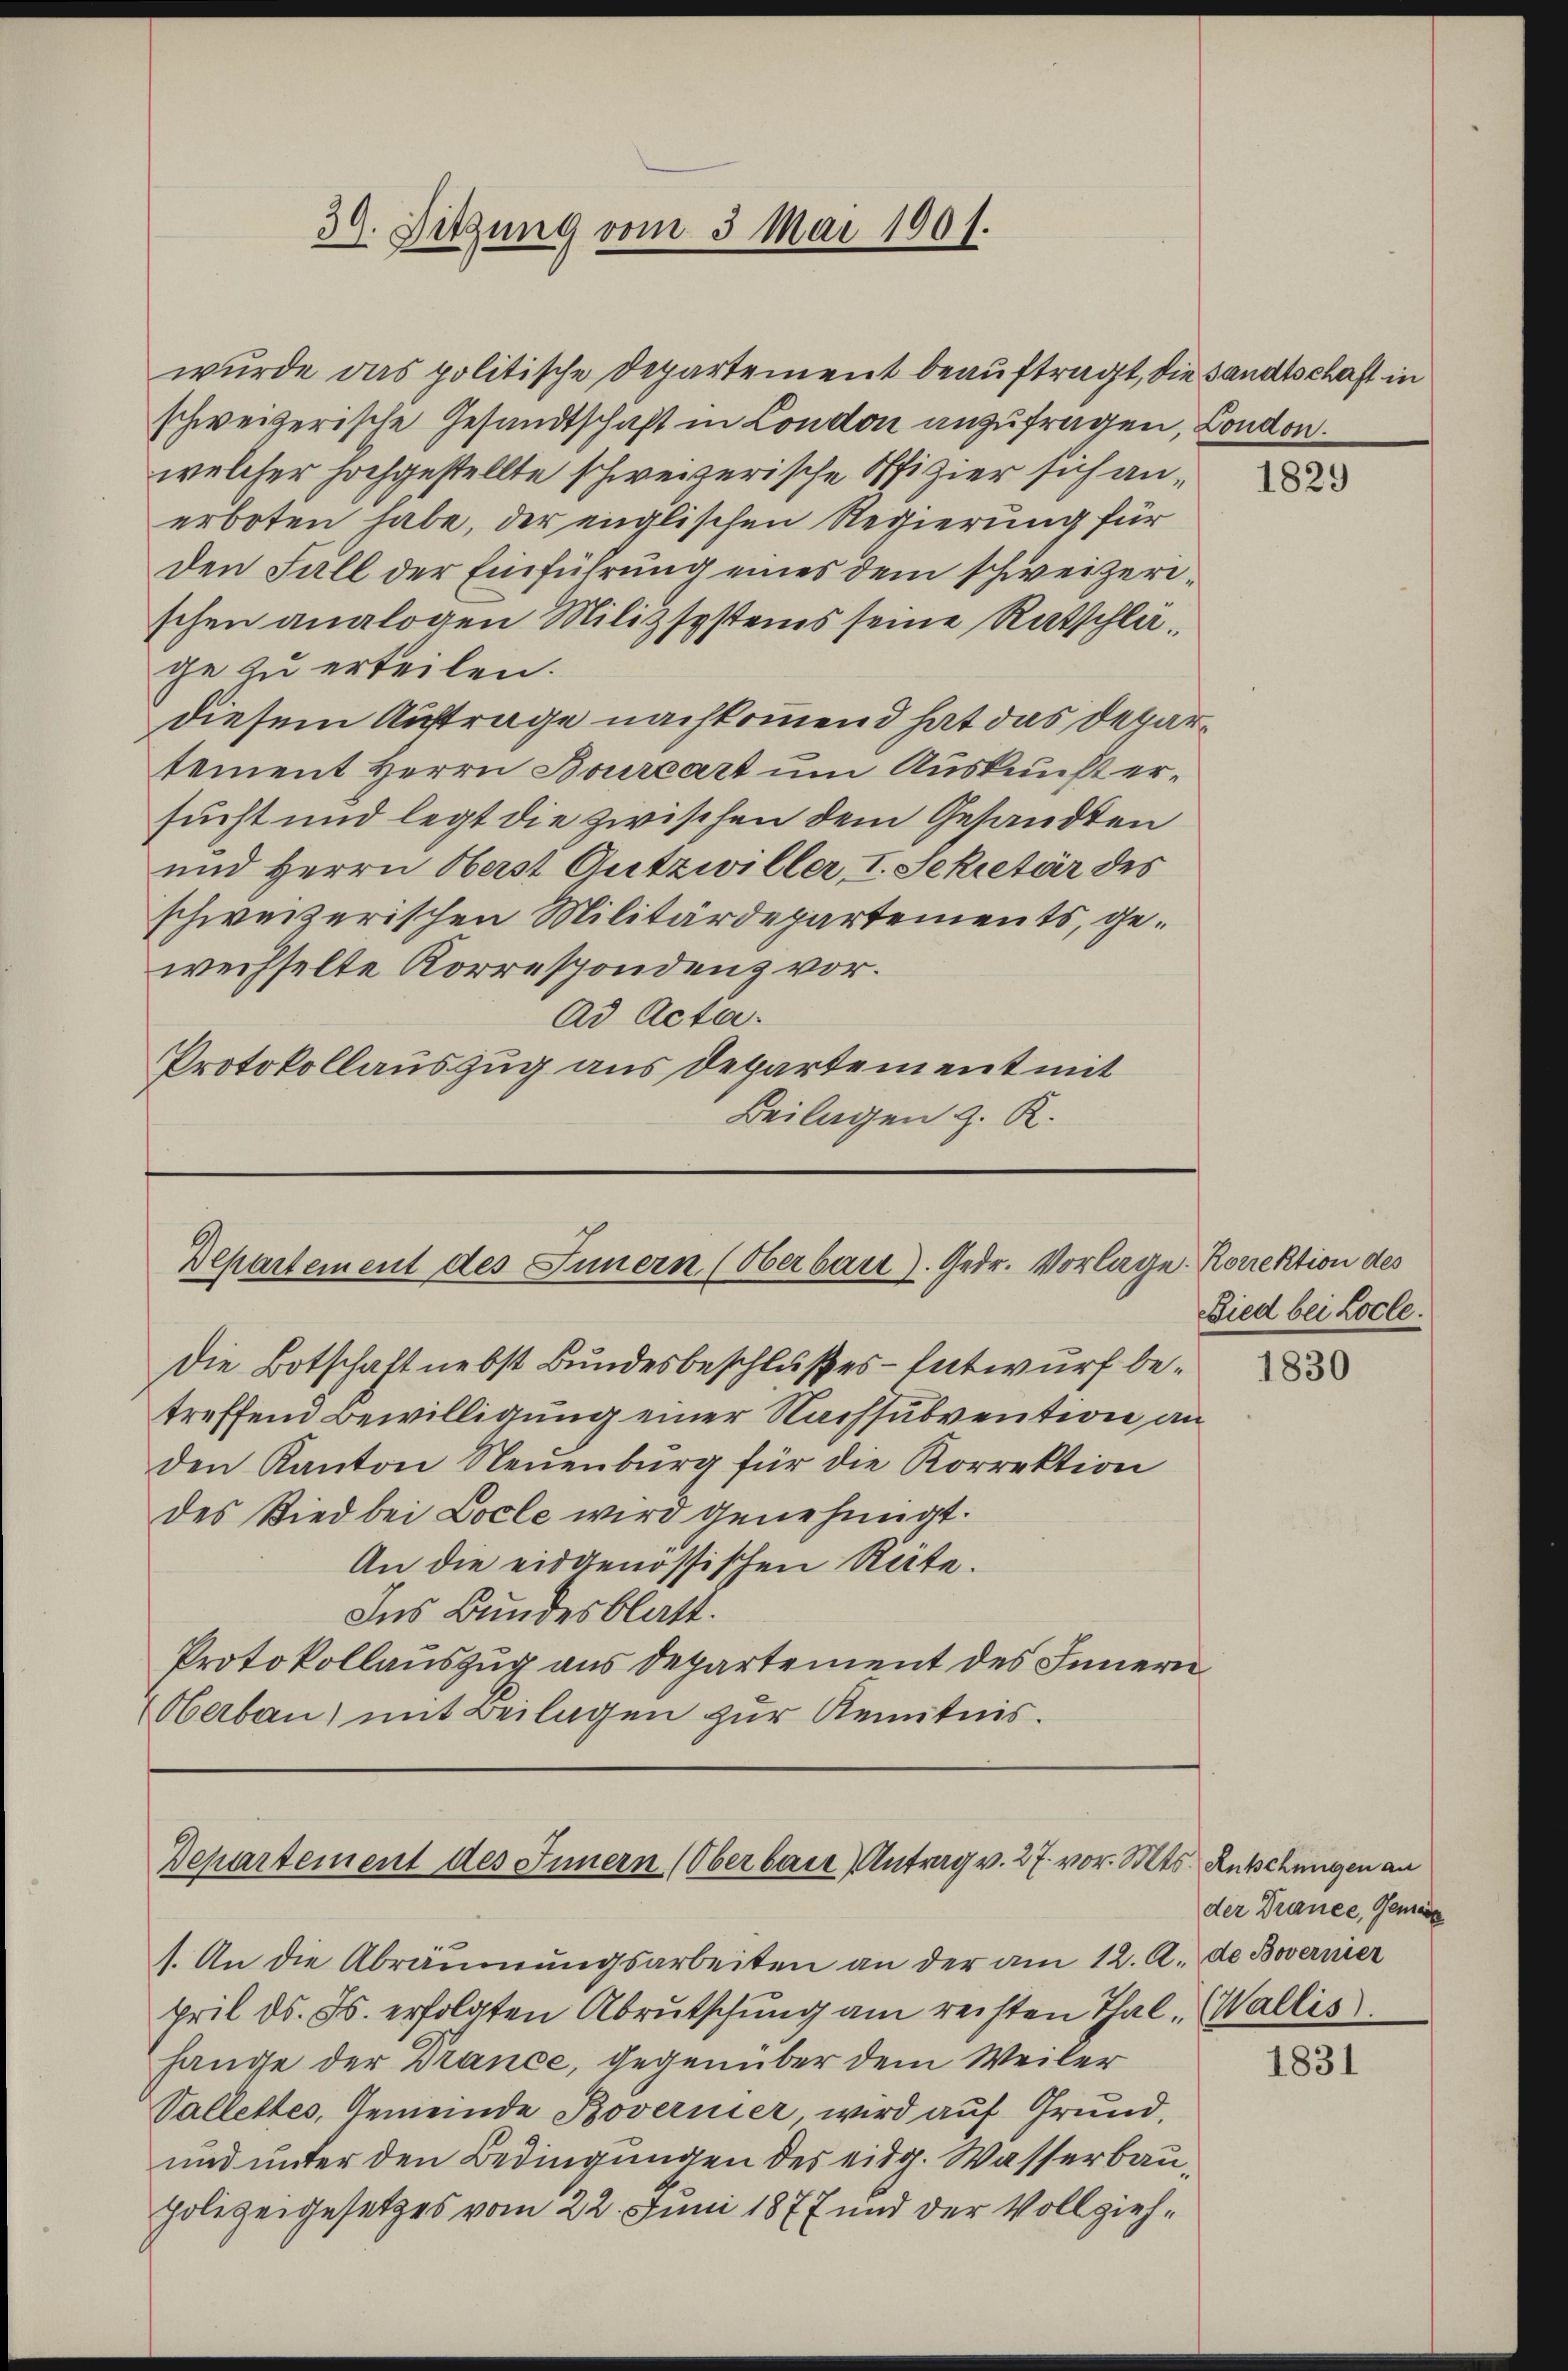
30. Sitzung vom 3 Mai 1901.

wurde das politische Departement beauftragt, die Sandtschaft in
schweizerische Gesandtschaft in London anzufragen, London.
welcher hochgestellte schweizerische Offizier sich anerboten habe, der englischen Regierung für
den Fall der Einführung eines dem schweizerischen analogen Milizsystems seine Ratschläge zu erteilen.
diesem Auftrage nachkommend hat das Departement Herrn Bourcart um Auskunft ersucht und legt die zwischen dem Gesandten
und Herrn Herst Gutzwiller, I. Sekretär des
schweizerischen Militärdepartements, gewechselte Korrespondenz vor.
Ad Acta.
Protokollauszug aus departement mit
Beilagen z. R.

Departement des Innern (Oberbar). Gedr. Vorlage

Departement des Innern (Oberbare Antrag v. 27. vor. Mts. Rutschungen an

Die Botschaft nebst Bundesbeschlußes - Entwurf betreffend Bewilligung einer Nachsubvention an
den Kanton Neuenburg für die Korrektion
des Ried bei Cocle wird genehmigt.
An die eidgenössischen Räte.
Ins Bundesblatt.
Protokollauszug aus Departement des Innern
Oberbau) mit Beilagen zur Kenntnis.

s. An die Abräumungsarbeiten an der am 12. A. de Bovernier
pril d. Js. erfolgten Abrutschung am reisten Thal, Wallis
hange der Drance, gegenüber dem Weiler
Vallettes, Gemeinde Bovernier, wird auf Grund,
und unter den Bedingungen des eidg. Wasserbau¬
Polizeigesetzes vom 22. Juni 1877 und der Vollzieh¬

1829

Rorrektion des
Bied bei Locle.

1830

der Drance, Gemein

1831